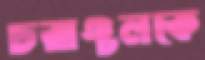
চরাঞ্চলকে